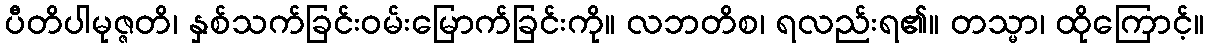
ပီတိပါမုဇ္ဇတိ၊ နှစ်သက်ခြင်းဝမ်းမြောက်ခြင်းကို။ လဘတိစ၊ ရလည်းရ၏။ တသ္မာ၊ ထိုကြောင့်။